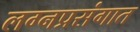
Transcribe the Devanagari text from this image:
लग्नप्रसंगात